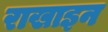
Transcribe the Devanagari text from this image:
राखाइन